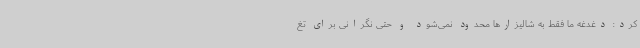
کرد: دغدغه ما فقط به شالیزارها محدود نمی‌شود و حتی نگرانی برای تغ